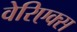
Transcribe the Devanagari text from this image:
वेरिएक्स